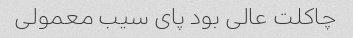
چاکلت عالی بود پای سیب معمولی